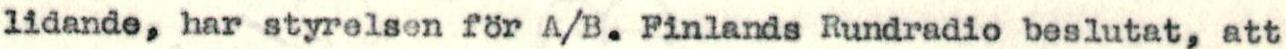
lidande, har styrelsen för A/B. Finlands Rundradio beslutat, att